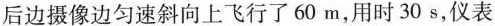
后边摄像边匀速斜向上飞行了60m，用时30s，仪表